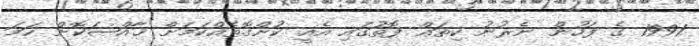
1991 ގެ ފަހުން ނެެރުނު ކިތައް ފޮތުގައި އެއީ ކުށްގޮތެއްކަމަށް ޚާއްޞަކޮށް ހަމަ